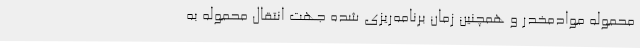
محموله موادمخدر و همچنین زمان برنامه‌ریزی شده جهت انتقال محموله به